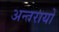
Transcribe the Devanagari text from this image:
अन्तरायों